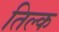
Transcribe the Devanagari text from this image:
तिल्क